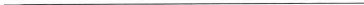
___